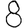
Digit: 8